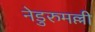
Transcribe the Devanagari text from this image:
नेडुरुमल्ली